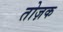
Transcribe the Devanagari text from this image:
तोज़क